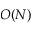
O ( N )